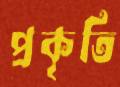
প্রকৃতি